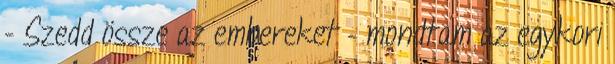
- Szedd össze az embereket – mondtam az egykori